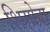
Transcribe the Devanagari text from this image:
शिमोदा